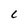
Character: C